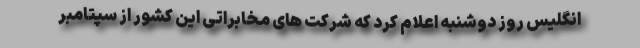
انگلیس روز دوشنبه اعلام کرد که شرکت های مخابراتی این کشور از سپتامبر